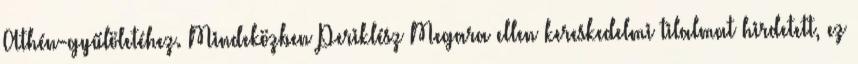
Athén-gyűlöletéhez. Mindeközben Periklész Megara ellen kereskedelmi tilalmat hirdetett, ez